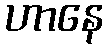
ဟာနေ